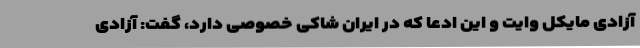
آزادی مایکل وایت و این ادعا که در ایران شاکی خصوصی دارد، گفت: آزادی